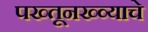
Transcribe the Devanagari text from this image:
पख्तूनख्व्याचे